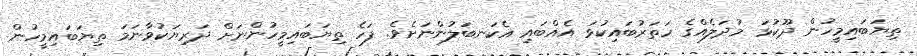
ތިޔަބައިމީހުން ދޫކުޅަ މުދަލެއްގެ ހަތަރުބައިކުޅަ އެއްބައި އެކަނބަލުންނަށެވެ. ފަހެ ތިޔަބައިމީހުންނަށް ދަރިޔަކުވާނަމަ ތިޔަބައިމީހުން